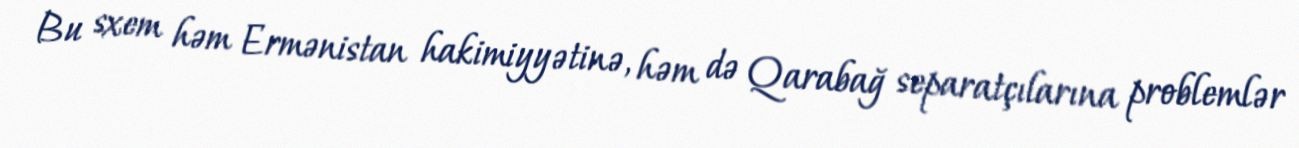
Bu sxem həm Ermənistan hakimiyyətinə, həm də Qarabağ separatçılarına problemlər